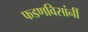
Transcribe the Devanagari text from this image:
फडणविसांनीं